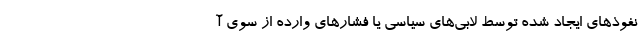
نفوذ‌های ایجاد شده توسط لابی‌های سیاسی یا فشار‌های وارده از سوی آ